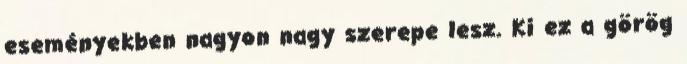
eseményekben nagyon nagy szerepe lesz. Ki ez a görög